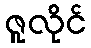
ဇူလိုင်